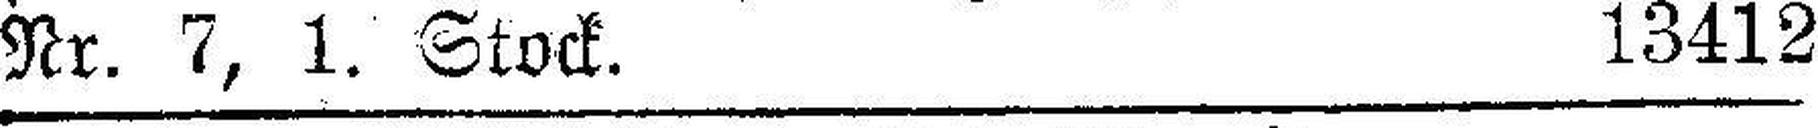
Nr. 7, 1. Stock. 13412